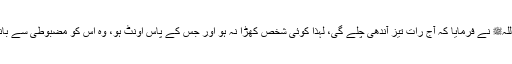
رسول اللہﷺ نے فرمایا کہ آج رات تیز آندھی چلے گی، لہٰذا کوئی شخص کھڑا نہ ہو اور جس کے پاس اونٹ ہو، وہ اس کو مضبوطی سے باندھ لے۔